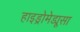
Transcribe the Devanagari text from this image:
हाइड्रोमेड्यूसा